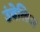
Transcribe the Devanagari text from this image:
उंबेलिअ